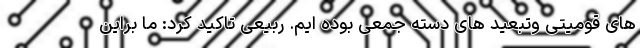
های قومیتی وتبعید های دسته جمعی بوده ایم. ربیعی تاکید کرد: ما براین